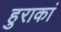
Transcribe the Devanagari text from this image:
हुराकां